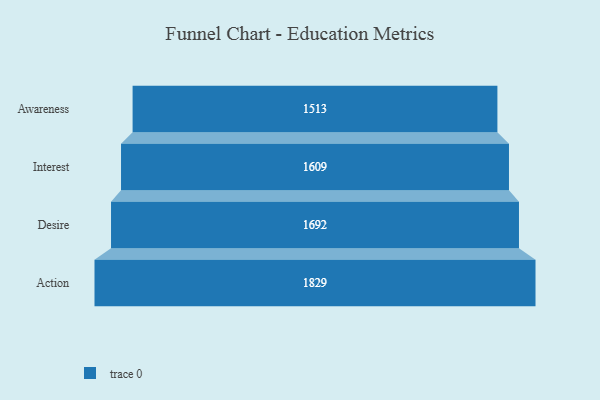
{"axis": {"x": "Stage", "y": "Value"}, "legend": [""], "data": [{"x": "Awareness", "y": 1513.0, "type": ""}, {"x": "Interest", "y": 1609.0, "type": ""}, {"x": "Desire", "y": 1692.0, "type": ""}, {"x": "Action", "y": 1829.0, "type": ""}]}